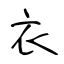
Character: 衣